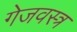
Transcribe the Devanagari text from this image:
गेजवस्त्र